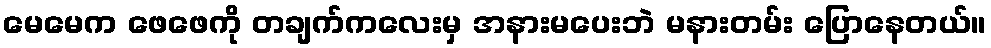
မေမေက ဖေဖေကို တချက်ကလေးမှ အနားမပေးဘဲ မနားတမ်း ပြောနေတယ်။